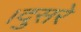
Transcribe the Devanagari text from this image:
।दुसरे